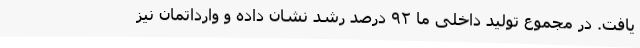
یافت. در مجموع تولید داخلی ما ۹۲ درصد رشد نشان داده و وارداتمان نیز